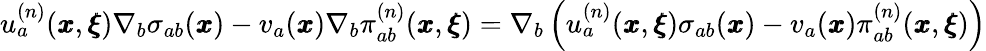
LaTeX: u_{a}^{(n)}({\pmb x},{\pmb\xi})\nabla_{b}\sigma_{ab}({\pmb x})-v_{a}({\pmb x})\nabla_{b}\pi_{ab}^{(n)}({\pmb x},{\pmb\xi})=\nabla_{b}\left(u_{a}^{(n)}({\pmb x},{\pmb\xi})\sigma_{ab}({\pmb x})-v_{a}({\pmb x})\pi_{ab}^{(n)}({\pmb x},{\pmb\xi})\right)